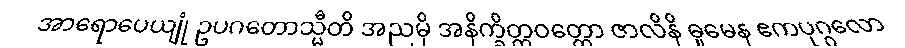
အာရောပေယျုံ ဥပဂတောသ္မီတိ အညမှိ အနိက္ခိတ္တဝတ္တော ဇာလိနိ ဓူမေန ဧကပုဂ္ဂလော